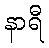
နာရီ